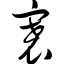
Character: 褰